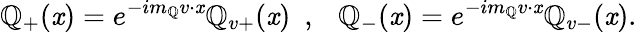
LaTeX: \mathbb{Q}_{+}(\mathit{x})=e^{-im_{\mathbb{Q}}v\cdot\mathit{x}}{\cal\mathbb{Q}}_{v+}(\mathit{x})~~,~~~\mathbb{Q}_{-}(\mathit{x})=e^{-im_{\mathbb{Q}}v\cdot\mathit{x}}{\cal\mathbb{Q}}_{v-}(\mathit{x}).